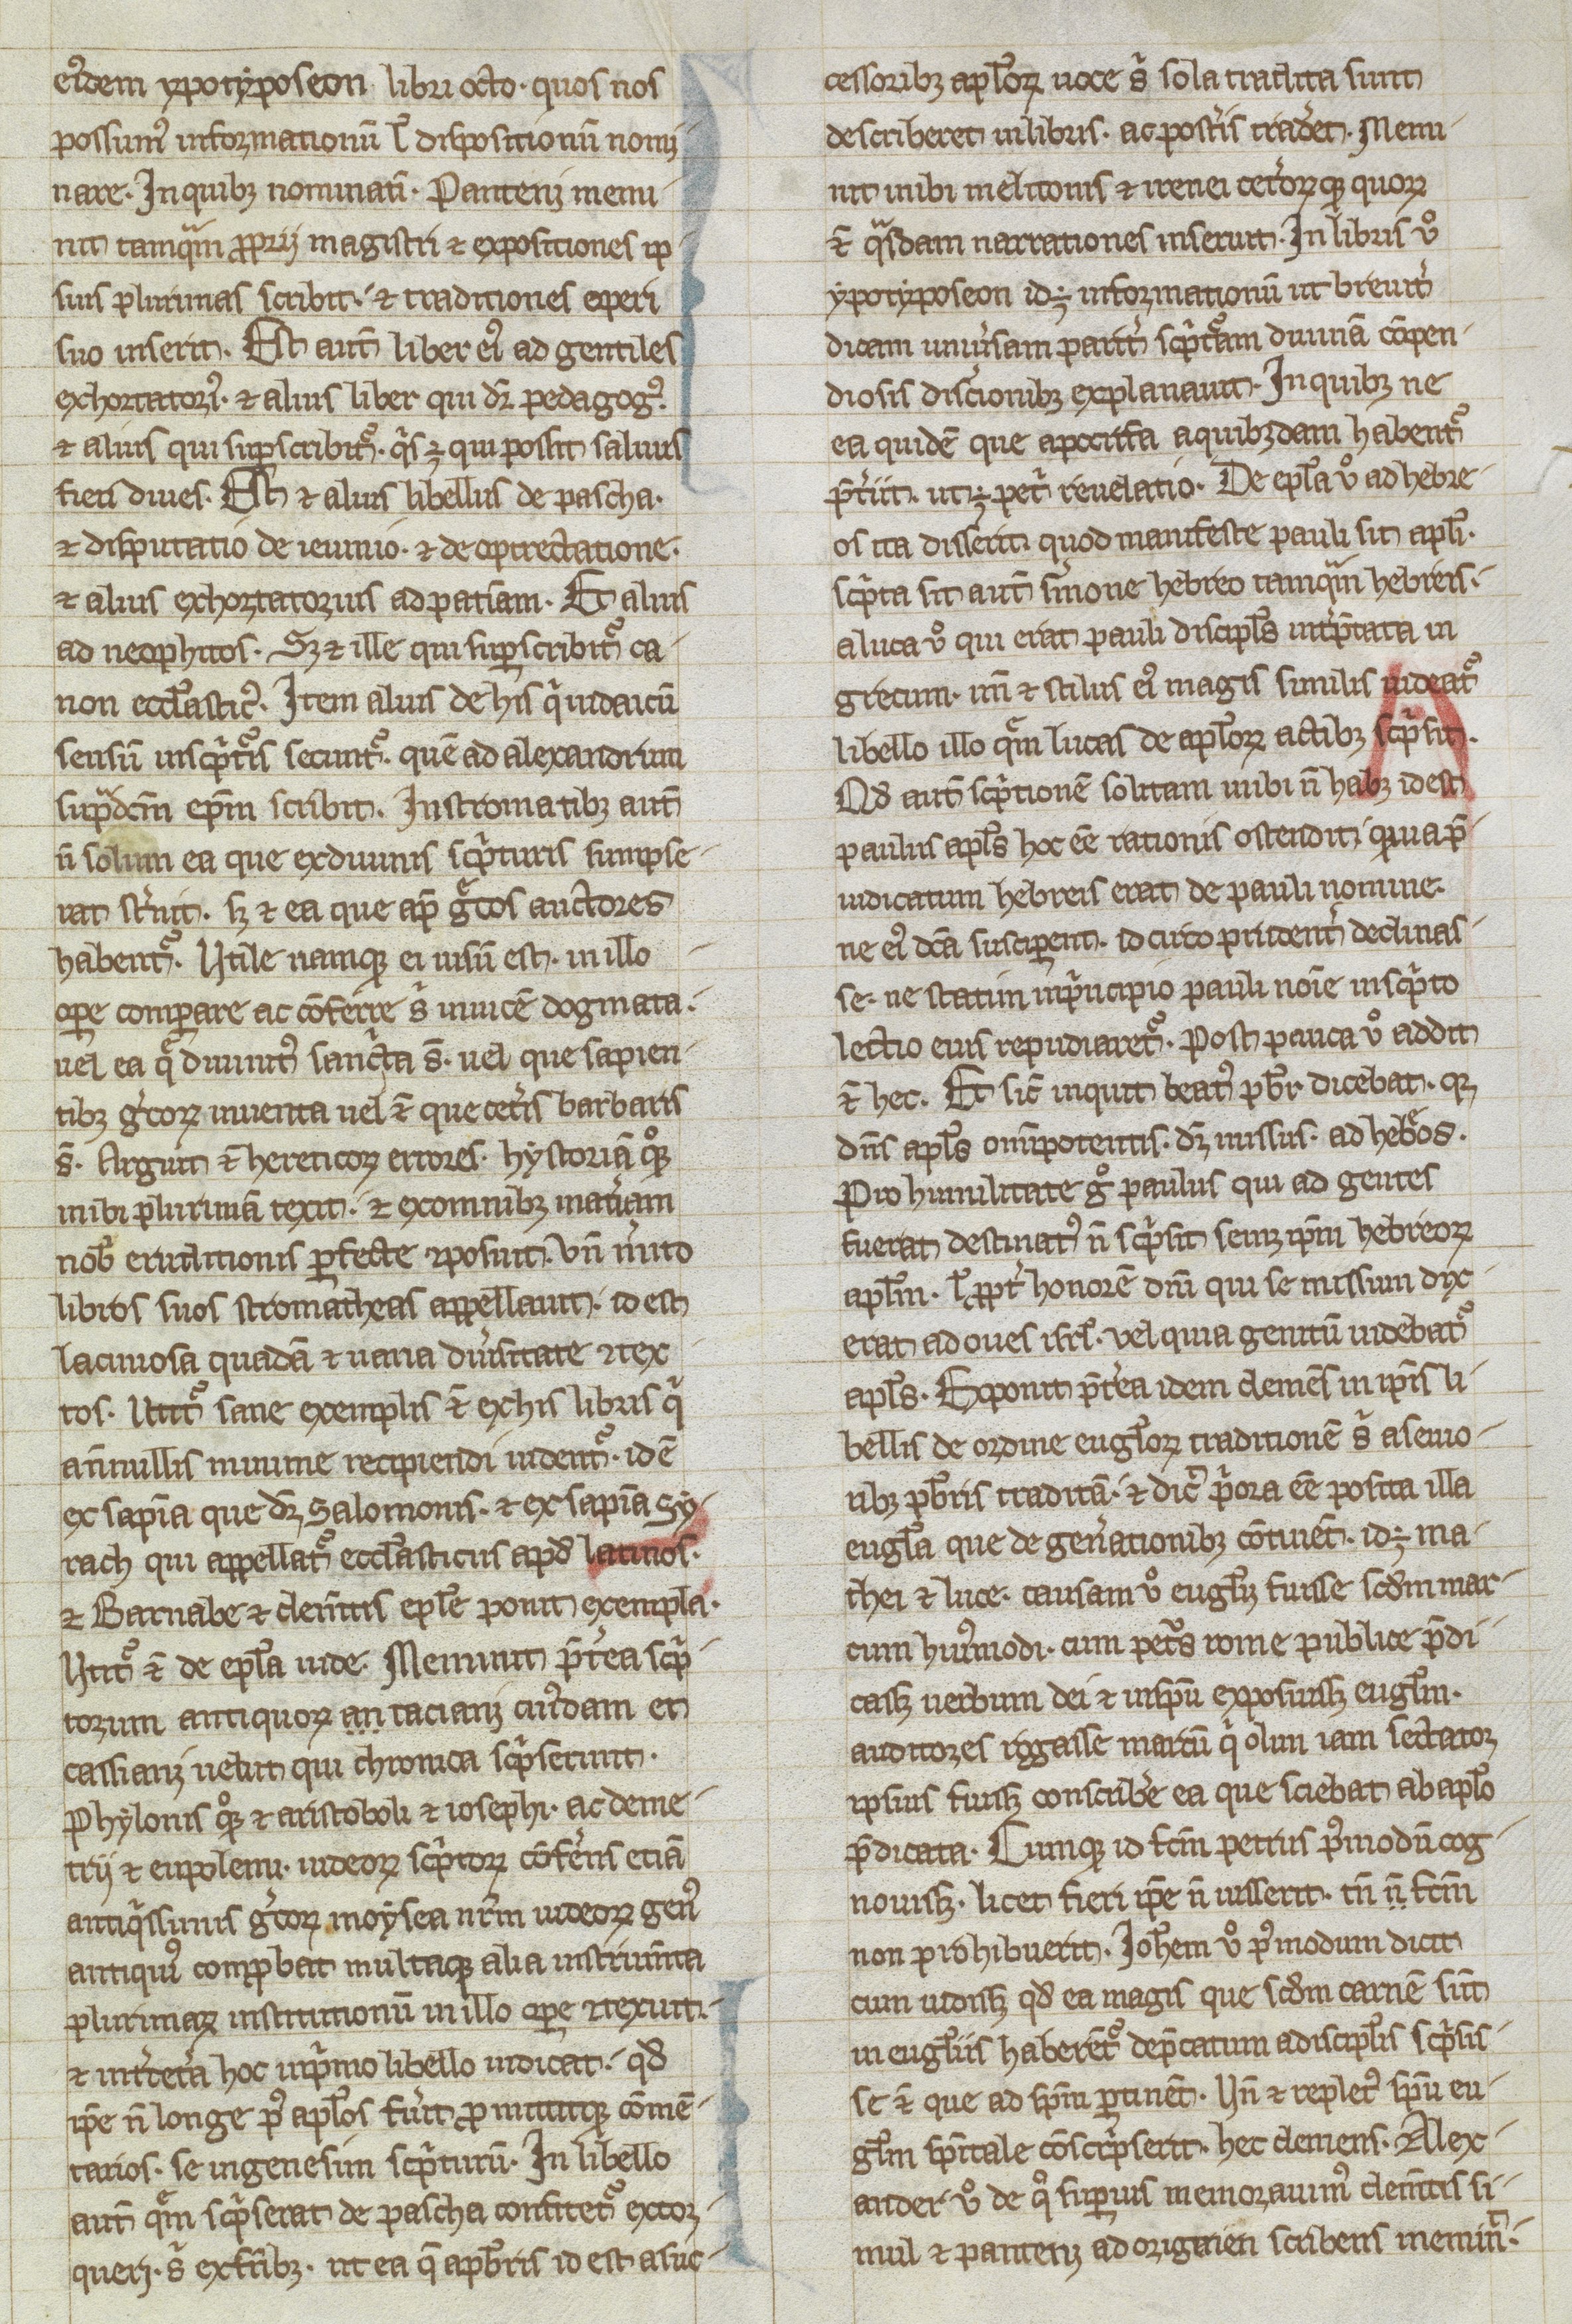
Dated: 1250–1299